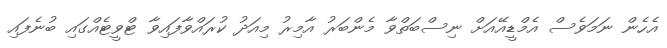
އެހެން ނަމަވެސް އެމްޑީއޭއަށް ނިސްބަތްވާ މެންބަރު އާމިރު މިއަދު ކުރައްވާފައިވާ ޓްވީޓެއްގައި ބުނެފައި